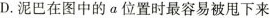
D.泥巴在图中的α位置时最容易被甩下来